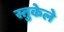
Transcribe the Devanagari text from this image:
स्तुकेले